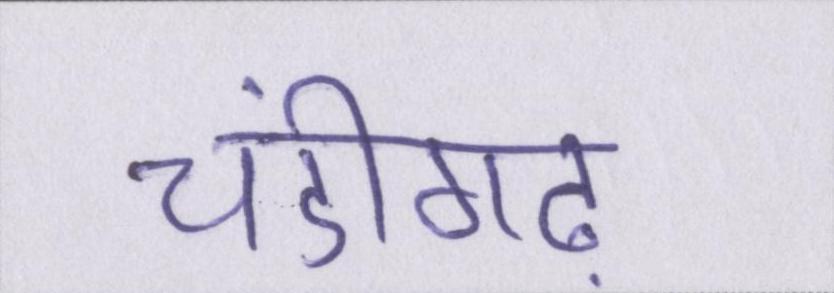
चंडीगढ़